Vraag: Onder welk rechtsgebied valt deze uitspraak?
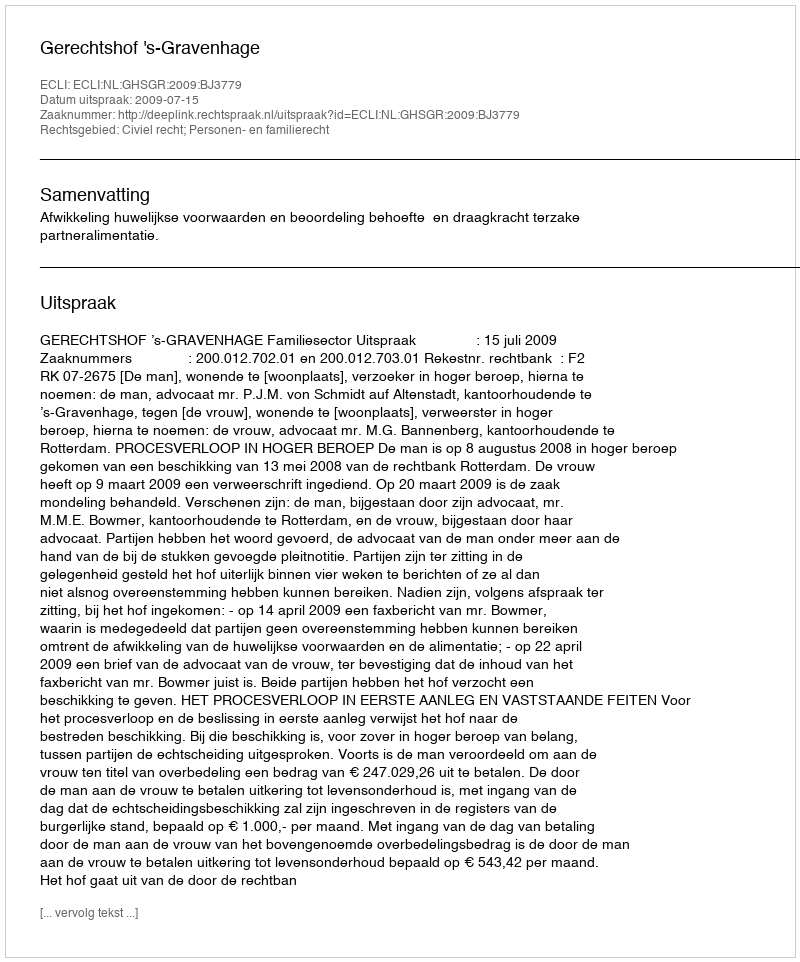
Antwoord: Civiel recht; Personen- en familierecht